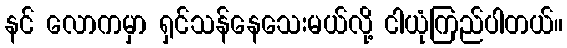
နင် လောကမှာ ရှင်သန်နေသေးမယ်လို့ ငါယုံကြည်ပါတယ်။